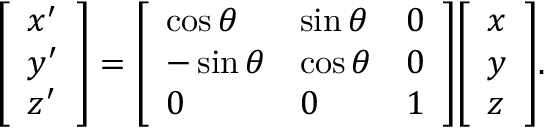
{ \left[ \begin{array} { l } { x ^ { \prime } } \\ { y ^ { \prime } } \\ { z ^ { \prime } } \end{array} \right] } = { \left[ \begin{array} { l l l } { \cos \theta } & { \sin \theta } & { 0 } \\ { - \sin \theta } & { \cos \theta } & { 0 } \\ { 0 } & { 0 } & { 1 } \end{array} \right] } { \left[ \begin{array} { l } { x } \\ { y } \\ { z } \end{array} \right] } .